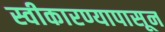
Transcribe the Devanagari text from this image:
स्वीकारण्यापासून